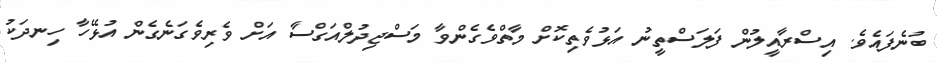
ބުނެފައެވެ. އިސްރާއީލުން ފަލަސްތީނު އަޅުވެތިކޮށް މާތްވެގެންވާ މަސްޖިދުލްއަގްސާ އަށް ވެރިވެގަނެގެން އުޅޭހާ ހިނދަކު